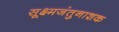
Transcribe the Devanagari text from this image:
सूक्ष्मजंतुनाशक